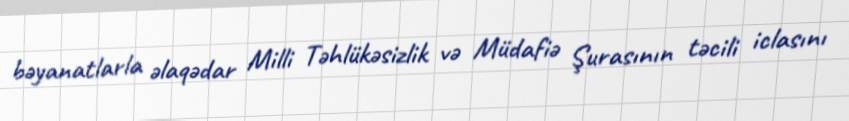
bəyanatlarla əlaqədar Milli Təhlükəsizlik və Müdafiə Şurasının təcili iclasını